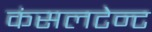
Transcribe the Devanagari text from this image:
कंसलटेन्ट